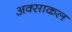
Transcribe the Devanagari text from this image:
अक्साकल